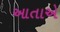
આતાએ